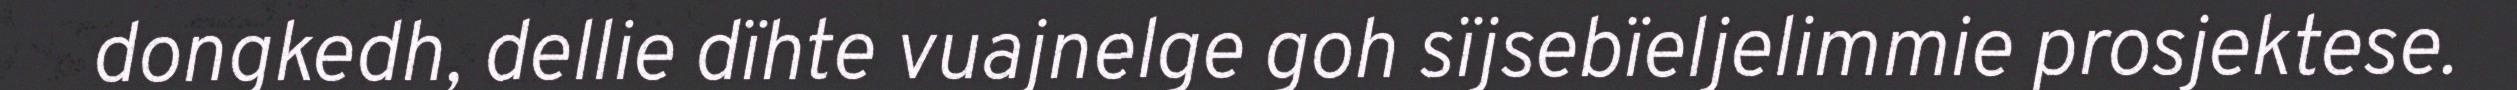
dongkedh, dellie dïhte vuajnelge goh sïjsebïeljelimmie prosjektese.